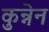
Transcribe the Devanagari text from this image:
कुन्नेन